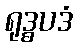
ရုဒ္ဓပဒံ